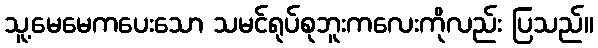
သူ့မေမေကပေးသော သမင်ရုပ်စုဘူးကလေးကိုလည်း ပြသည်။